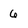
Character: 6